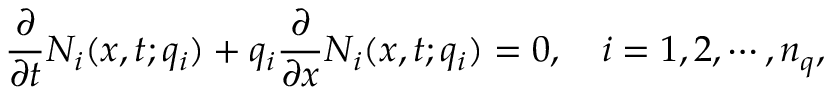
\frac { \partial } { \partial { t } } N _ { i } ( x , t ; q _ { i } ) + q _ { i } \frac { \partial } { \partial { x } } N _ { i } ( x , t ; q _ { i } ) = 0 , \quad i = 1 , 2 , \cdots , n _ { q } ,